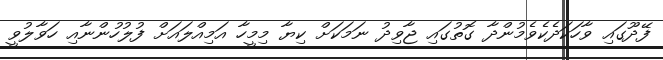
ފޭދޫގައި ވާހަކަދެކެވެމުންދާ ގޮތުގައި ޖާވިދު ނަމަކަށް ކިޔާ މިމީހާ އަމިއްލައަށް ފުލުހުންނާއި ހަވާލުވީ